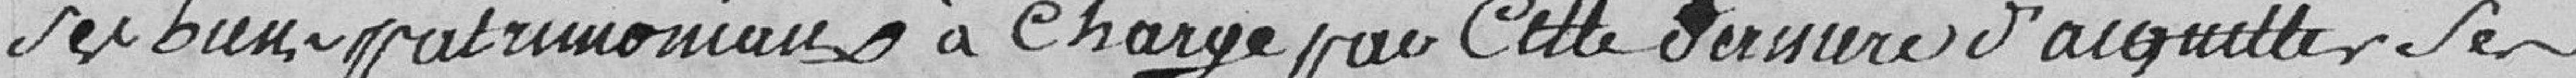
ses biens patrimoniaux à charge par cette dernière d'acquitter ses